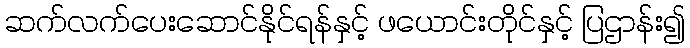
ဆက်လက်ပေးဆောင်နိုင်ရန်နှင့် ဖယောင်းတိုင်နှင့် ပြဌာန်း၍